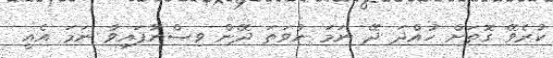
ކުރެވޭ ގޮތަށް ހުއްދަ ދޭ ނަމަ ނުވަތަ ދޭން ވިސްނާފައިވާ ނަމަ އެއީ